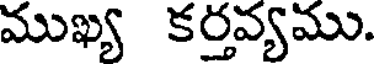
ముఖ్య కర్తవ్యము.